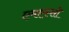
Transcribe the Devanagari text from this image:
एमएस्सी